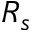
R _ { s }